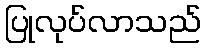
ပြုလုပ်လာသည်